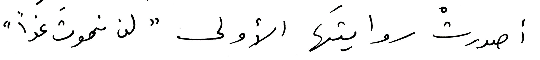
أصدرتْ روايتَها الأولى "لن نموت غداً"